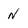
Character: N